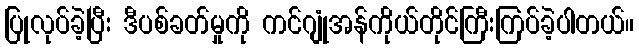
ပြုလုပ်ခဲ့ပြီး ဒီပစ်ခတ်မှုကို ကင်ဂျုံအန်ကိုယ်တိုင်ကြီးကြပ်ခဲ့ပါတယ်။